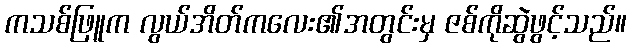
ကသစ်ဖြူက လွယ်အိတ်ကလေး၏အတွင်းမှ ဇစ်ကိုဆွဲဖွင့်သည်။